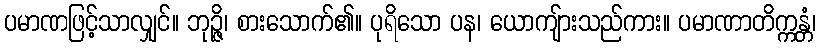
ပမာဏဖြင့်သာလျှင်။ ဘုဉ္ဇိ၊ စားသောက်၏။ ပုရိသော ပန၊ ယောကျ်ားသည်ကား။ ပမာဏာတိက္ကန္တံ၊